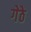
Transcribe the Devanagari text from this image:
गेठे